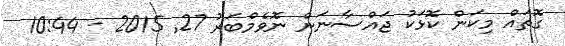
ގޮތައް މިކަން ކޮޅަކު ޖައްސާނަން ނޮވެމްބަރު 27